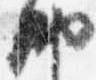
納